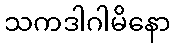
သကဒါဂါမိနော